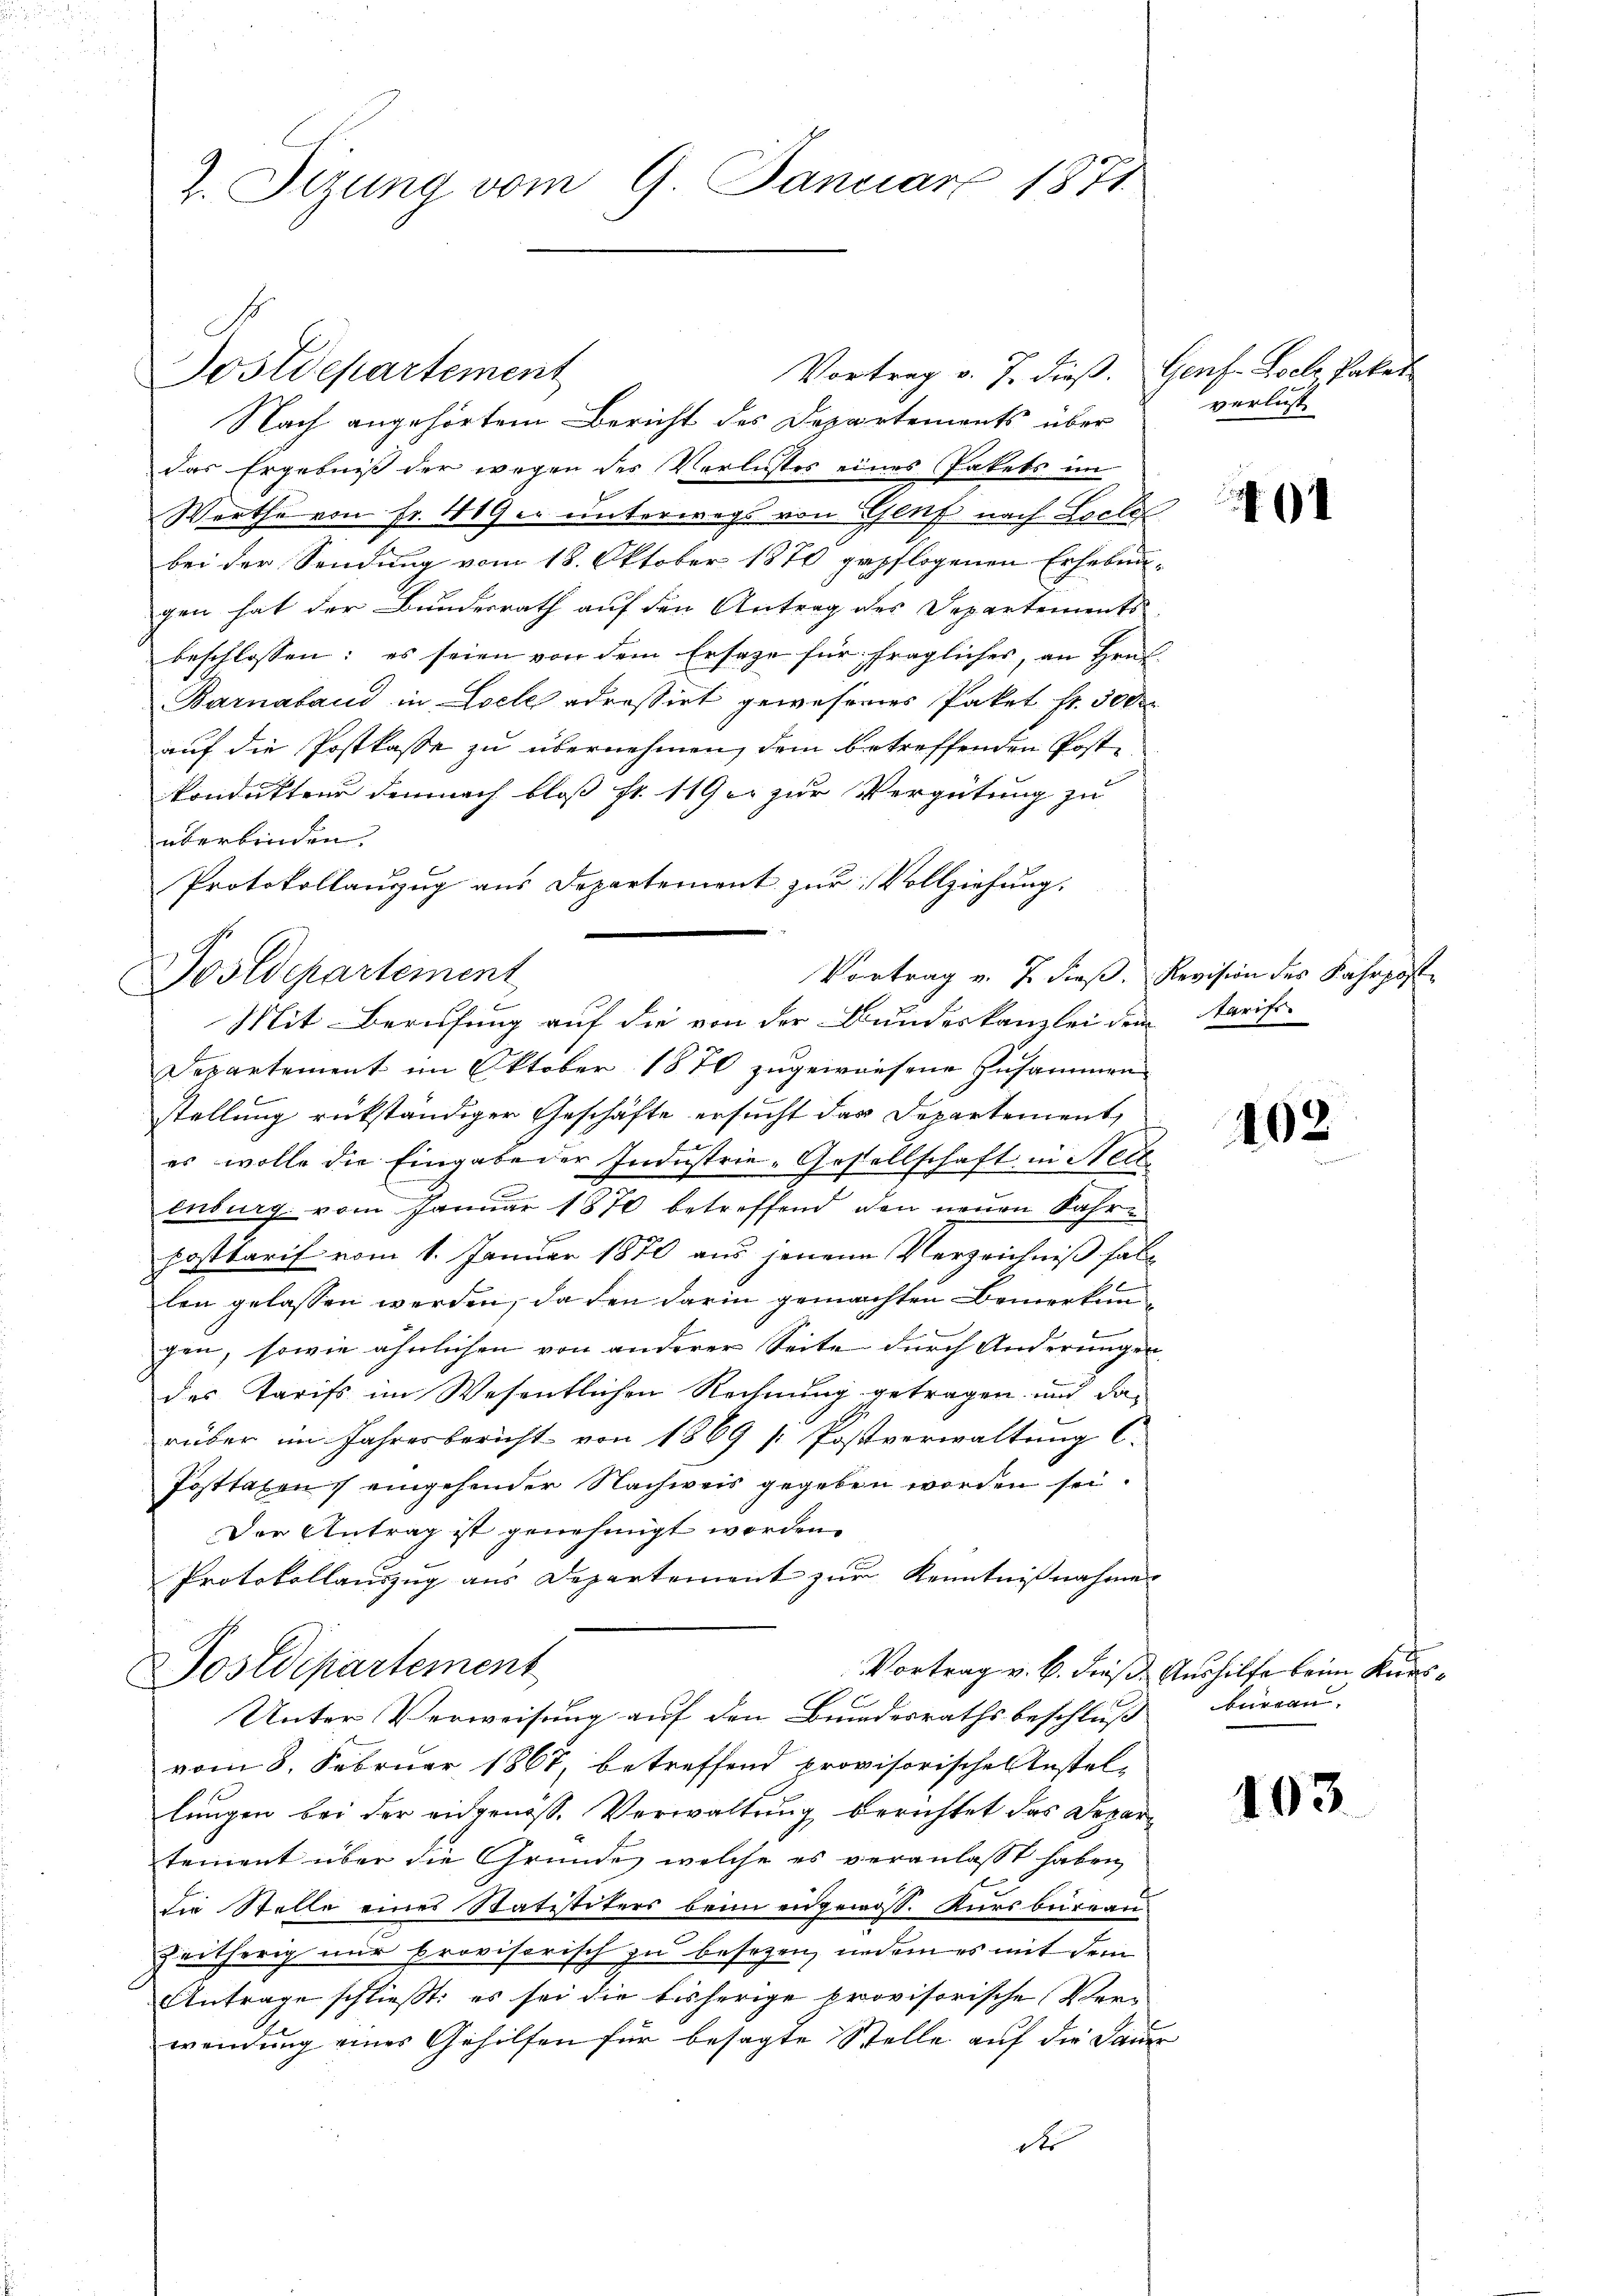
2. Sizung vom 9. Januar 1871.

Postdepartement

Vortrag v. J. dieß.
Nach angehörtem Bericht des Departements über
das Ergebniß der wegen des Verlustes eines Pakets im
Werthe von Fr. 419 u. unterwegs von Genf nach Loele
bei der Sendung vom 18. Oktober 1870 gepflogenen Erheben
gen hat der Bundesrath auf den Antrag des Departements
beschlossen: es seien von dem Ersatze für fragliches, an Hrn.
Barnaband in Loche adressirt gewesenes Paket fr. 3000
auf die Postkasse zu übernehmen, dem betreffenden Postkondukten demnach bloß Fr. 119 er zur Vergütung zu
überbinden.
Protokollauszug aus Departement zur Vollziehung.
Departement im Oktober 1870 zugewiesene Zusammen
stellung rükständiger Geschäfte ersucht das Departement,
es wolle die Eingabe der Industrie-Gesellschaft in Nell
enburg vom Januar 1870 betreffend den neuen Jahr¬
u
Posttarif vom 1. Januar 1870 aus jenen Verzeichniß habe
len gelassen werden, da den darin gemachten Bemerkun
gen, sowie ähnlichen von anderer Seite durch Anderungen,
des Tarifs im Wesentlichen Rechnung getragen, und darüber im Jahresbericht von 1869 / Postverwaltung l.
Posttaxen eingehender Nachweis gegeben worden sei.
Der Antrag ist genehmigt worden.
Protokollauszug aus Departement zur Kenntnißnahmen
Sostdepartement
Unter Verweisung auf den Bundesrathsbeschluß
vom 8. Februar 1867, betreffend provisorischen Anstel-
lungen bei der eidgenoss. Verwaltung berichtet das Departement über die Gründe, welche es veranlasst haben,
die Stelle eines Statistiters beim eidgenoss. Kursbureau¬
Zeitherig nur provisorisch zu besezen, indem es mit dem
Antrage schließt: es sei die bisherige provisorische Verwendung eines Gehilfen für besagte Stelle auf die San
dr

Vortrag v. J. dieß.
Bosldepartement
c
Mit Berufung auf die von der Bundeskanzlei dem Aarift

Genf. Loelz, Pakes
verlust

.

Revision des Fahrpost

u

462

Vortrag v. 6. dieß. Aushilfe beim Kursbureau,

103.